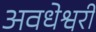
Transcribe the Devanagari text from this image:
अवधेश्वरी